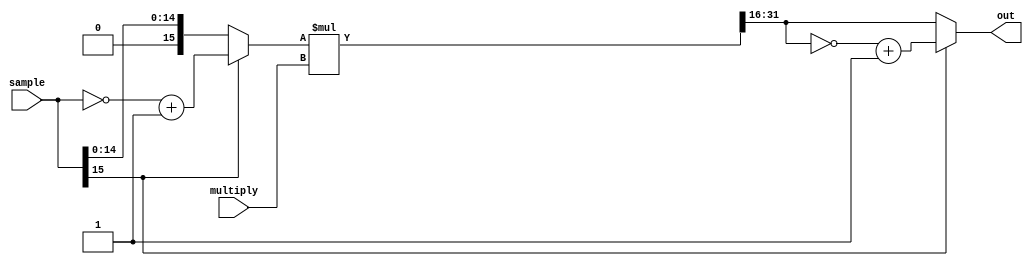
// V1.0 17th July 2007
//
// Copyright 2008 Kirk Weedman KD7IRS
//
//  HPSDR - High Performance Software Defined Radio
//
//
//  ALC Module
//
//
//  This program is free software; you can redistribute it and/or modify
//  it under the terms of the GNU General Public License as published by
//  the Free Software Foundation; either version 2 of the License, or
//  (at your option) any later version.
//
//  This program is distributed in the hope that it will be useful,
//  but WITHOUT ANY WARRANTY; without even the implied warranty of
//  MERCHANTABILITY or FITNESS FOR A PARTICULAR PURPOSE.  See the
//  GNU General Public License for more details.
//
//  You should have received a copy of the GNU General Public License
//  along with this program; if not, write to the Free Software
//  Foundation, Inc., 59 Temple Place, Suite 330, Boston, MA  02111-1307  USA



// Fixed point signed multiplier. Multipier is assumed positive
// Result is a 16 bit integer. 
module ALC (out, sample, multiply);

output wire [15:0] out;
input       [15:0] sample;
input       [15:0] multiply;

wire [47:0]result;
wire [15:0] pos_sample;

assign pos_sample = sample[15] ? (~sample + 1'b1) : sample;  // convert to positive if negative 

assign result = pos_sample * multiply ; // B0 * B16 scalar  (single 16 by 16 bit multiply)

assign out = sample[15] ? ~result[31:16]+16'b1 : result[31:16];  // or result >> 16
 
endmodule